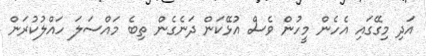
އަދި މިގޭގައި އެހެން މީހުން ވެސް އުޅޭކަން ދަނެގެން ތިބެ މައްސަލަ ހައްލުކުރަން